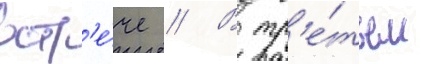
встр'е́че // В тр'е́тьем